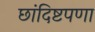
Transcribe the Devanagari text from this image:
छांदिष्टपणा